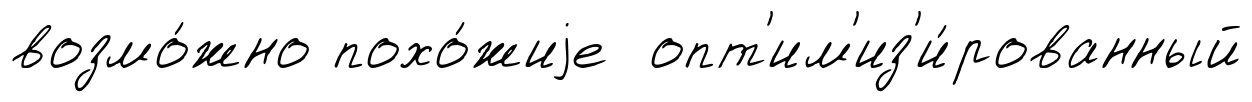
возмо́жно похо́жиjе опт'им'из'и́рованный